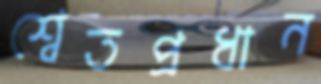
শ্বেতপ্রধান